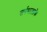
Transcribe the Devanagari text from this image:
सर्पमालाके